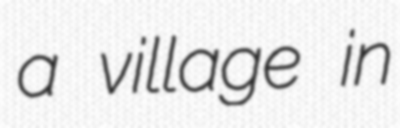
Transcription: a village in